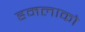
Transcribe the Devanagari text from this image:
हमलाको